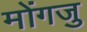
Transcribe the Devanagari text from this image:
मोंगजु